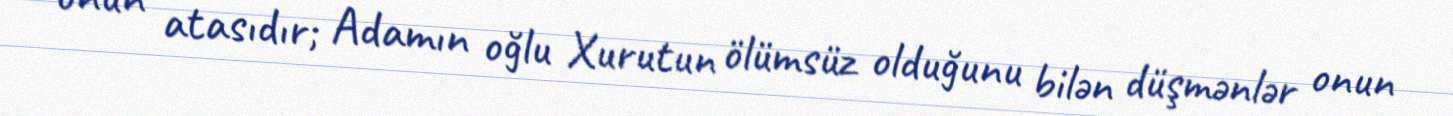
onun atasıdır; Adamın oğlu Xurutun ölümsüz olduğunu bilən düşmənlər onun